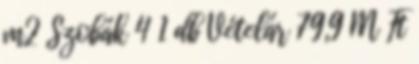
m2 Szobák 4 1 db Vételár 79,9 M Ft